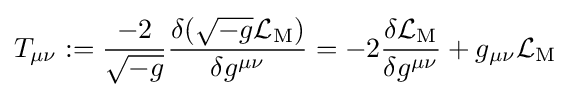
T_{\mu \nu }:={\frac {-2}{\sqrt {-g}}}{\frac {\delta ({\sqrt {-g}}{\mathcal {L}}_{\mathrm {M} })}{\delta g^{\mu \nu }}}=-2{\frac {\delta {\mathcal {L}}_{\mathrm {M} }}{\delta g^{\mu \nu }}}+g_{\mu \nu }{\mathcal {L}}_{\mathrm {M} }